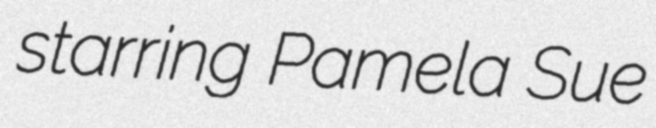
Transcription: starring Pamela Sue